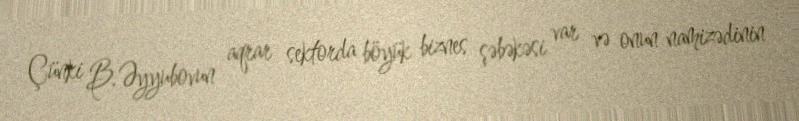
Çünki B.Əyyubovun aqrar sektorda böyük biznes şəbəkəsi var və onun namizədinin